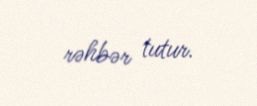
rəhbər tutur.